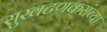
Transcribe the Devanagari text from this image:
सुखटणकरांच्या